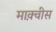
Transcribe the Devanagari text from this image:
माक़्वीस